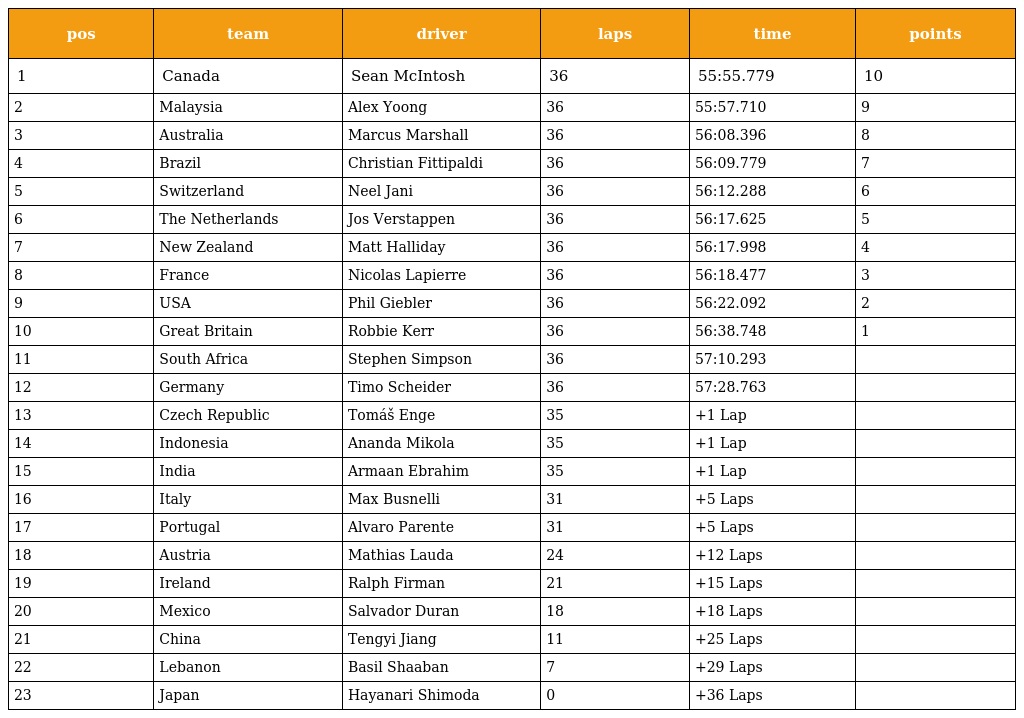
| pos | team | driver | laps | time | points |
 | --- | --- | --- | --- | --- | --- |
 | 1 | Canada | Sean McIntosh | 36 | 55:55.779 | 10 |
 | 2 | Malaysia | Alex Yoong | 36 | 55:57.710 | 9 |
 | 3 | Australia | Marcus Marshall | 36 | 56:08.396 | 8 |
 | 4 | Brazil | Christian Fittipaldi | 36 | 56:09.779 | 7 |
 | 5 | Switzerland | Neel Jani | 36 | 56:12.288 | 6 |
 | 6 | The Netherlands | Jos Verstappen | 36 | 56:17.625 | 5 |
 | 7 | New Zealand | Matt Halliday | 36 | 56:17.998 | 4 |
 | 8 | France | Nicolas Lapierre | 36 | 56:18.477 | 3 |
 | 9 | USA | Phil Giebler | 36 | 56:22.092 | 2 |
 | 10 | Great Britain | Robbie Kerr | 36 | 56:38.748 | 1 |
 | 11 | South Africa | Stephen Simpson | 36 | 57:10.293 |  |
 | 12 | Germany | Timo Scheider | 36 | 57:28.763 |  |
 | 13 | Czech Republic | Tomáš Enge | 35 | +1 Lap |  |
 | 14 | Indonesia | Ananda Mikola | 35 | +1 Lap |  |
 | 15 | India | Armaan Ebrahim | 35 | +1 Lap |  |
 | 16 | Italy | Max Busnelli | 31 | +5 Laps |  |
 | 17 | Portugal | Alvaro Parente | 31 | +5 Laps |  |
 | 18 | Austria | Mathias Lauda | 24 | +12 Laps |  |
 | 19 | Ireland | Ralph Firman | 21 | +15 Laps |  |
 | 20 | Mexico | Salvador Duran | 18 | +18 Laps |  |
 | 21 | China | Tengyi Jiang | 11 | +25 Laps |  |
 | 22 | Lebanon | Basil Shaaban | 7 | +29 Laps |  |
 | 23 | Japan | Hayanari Shimoda | 0 | +36 Laps |  |